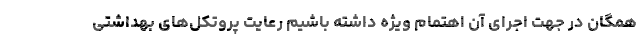
همگان در جهت اجرای آن اهتمام ویژه داشته باشیم رعایت پروتکل‌های بهداشتی